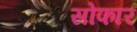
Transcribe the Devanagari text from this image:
सोफार